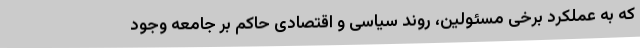
که به عملکرد برخی مسئولین، روند سیاسی و اقتصادی حاکم بر جامعه وجود